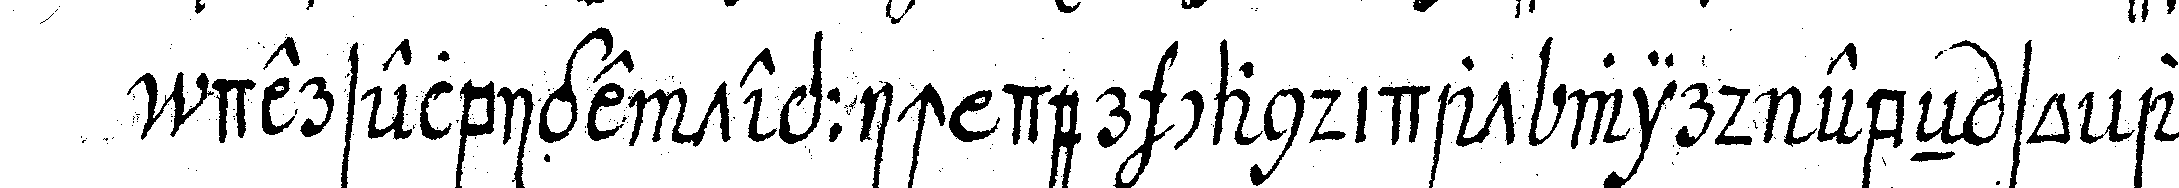
derselbige teppich der candidat wird ebeN so alle